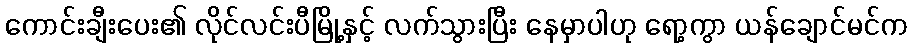
ကောင်းချီးပေး၏ လိုင်လင်းပီမြို့နှင့် လက်သွားပြီး နေမှာပါဟု ရော့ကွာ ယန်ချောင်မင်က